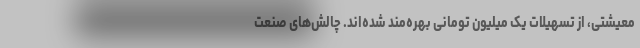
معیشتی، از تسهیلات یک میلیون تومانی بهره‌مند شده‌اند. چالش‌های صنعت